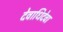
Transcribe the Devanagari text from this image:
देवाधिदेवा